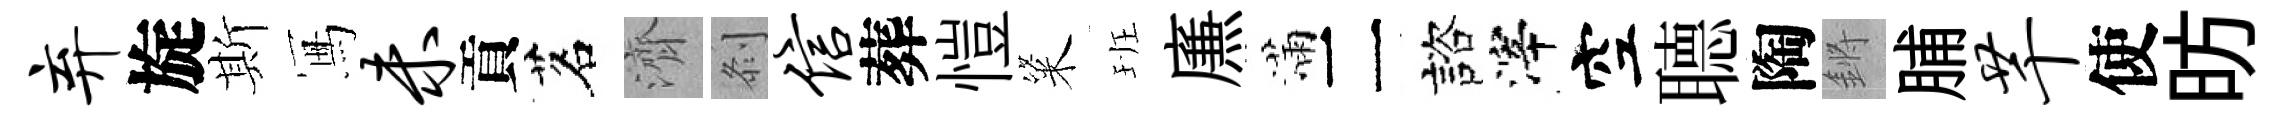
弃旋斯冩未貢茗濟𠛴信葬愷粢班㢘滿二諮滓空𦗟陶鏘脯芊使昉